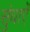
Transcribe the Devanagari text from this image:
सुंधाएँ